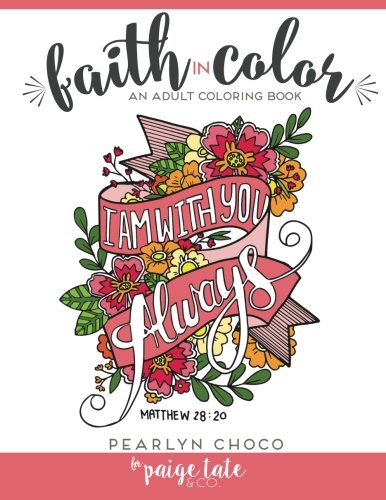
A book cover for Faith in Color: An Adult Coloring Book; Pearlyn Choco; Humor & Entertainment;